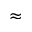
\approx